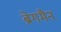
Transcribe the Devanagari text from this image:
ब्रेगमैन